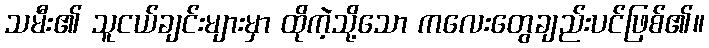
သမီး၏ သူငယ်ချင်းများမှာ ထိုကဲ့သို့သော ကလေးတွေချည်းပင်ဖြစ်၏။